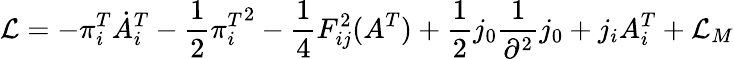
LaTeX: {\cal L}=-\pi_{i}^{T}\dot{A}_{i}^{T}-\frac{1}{2}{\pi_{i}^{T}}^{2}-\frac{1}{4}F_{ij}^{2}(A^{T})+\frac{1}{2}j_{0}\frac{1}{\partial^{2}}j_{0}+j_{i}A_{i}^{T}+{\cal L}_{M}